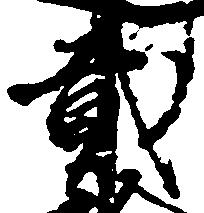
弐